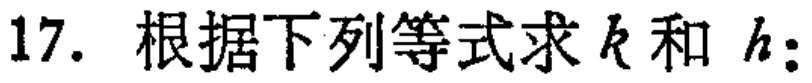
17. 根据下列等式求 \(k\) 和 \(h\)：